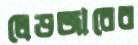
লেডজারের